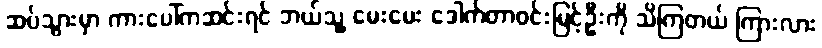
ဆပ်သွားမှာ ကားပေါ်ကဆင်းရင် ဘယ်သူ့ မေးမေး ဒေါက်တာဝင်းမြင့်ဦးကို သိကြတယ် ကြားလား